Treatise on elephants
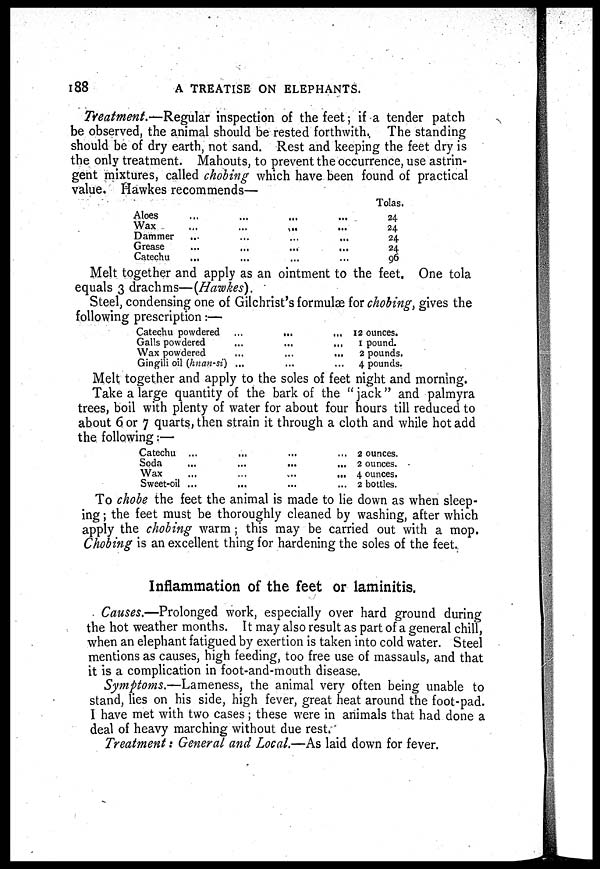
188
A TREATISE ON ELEPHANTS.
Treatment.—Regular inspection of the feet; if a tender patch
be observed, the animal should be rested forthwith. The standing
should be of dry earth, not sand. Rest and keeping the feet dry is
the only treatment. Mahouts, to prevent the occurrence, use astrin-
gent mixtures, called chobing which have been found of practical
value. Hawkes recommends—
Aloes
Wax
Dammer
Grease
Catechu
...
...
...
...
...
...
...
...
...
...
...
...
...
...
...
...
...
...
...
Tolas.
24
24
24
24
96
Melt together and apply as an ointment to the feet. One tola
equals 3 drachms—(Hawkes).
Steel, condensing one of Gilchrist's formulae for chobing, gives the
following prescription:—
Catechu powdered
Galls powdered
Wax powdered
Gingili oil (hnan-si)
...
...
...
...
...
...
...
...
...
...
...
12 ounces.
1 pound.
2 pounds.
4 pounds.
Melt together and apply to the soles of feet night and morning.
Take a large quantity of the bark of the " jack" and palmyra
trees, boil with plenty of water for about four hours till reduced to
about 6 or 7 quarts, then strain it through a cloth and while hot add
the following:—
Catechu
Soda
Wax
Sweet-oil
...
...
...
...
...
...
...
...
...
...
...
...
...
...
...
...
2 ounces.
2 ounces.
4 ounces.
2 bottles.
To chobe the feet the animal is made to lie down as when sleep-
ing ; the feet must be thoroughly cleaned by washing, after which
apply the chobing warm; this may be carried out with a mop.
Chobing is an excellent thing for hardening the soles of the feet.
Inflammation of the feet or laminitis.
Causes.—Prolonged work, especially over hard ground during
the hot weather months. It may also result as part of a general chill,
when an elephant fatigued by exertion is taken into cold water. Steel
mentions as causes, high feeding, too free use of massauls, and that
it is a complication in foot-and-mouth disease.
Symptoms.—Lameness, the animal very often being unable to
stand, lies on his side, high fever, great heat around the foot-pad.
I have met with two cases; these were in animals that had done a
deal of heavy marching without due rest.
Treatment: General and Local.—As laid down for fever.